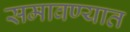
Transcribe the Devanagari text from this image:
समावण्यात